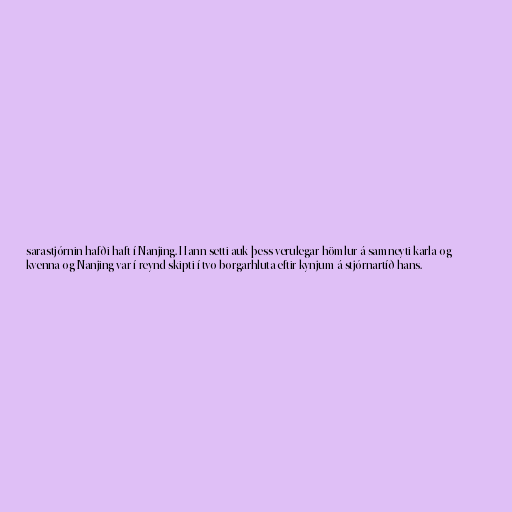
sarastjórnin hafði haft í Nanjing. Hann setti auk þess verulegar hömlur á samneyti karla og
kvenna og Nanjing var í reynd skipti í tvo borgarhluta eftir kynjum á stjórnartíð hans.